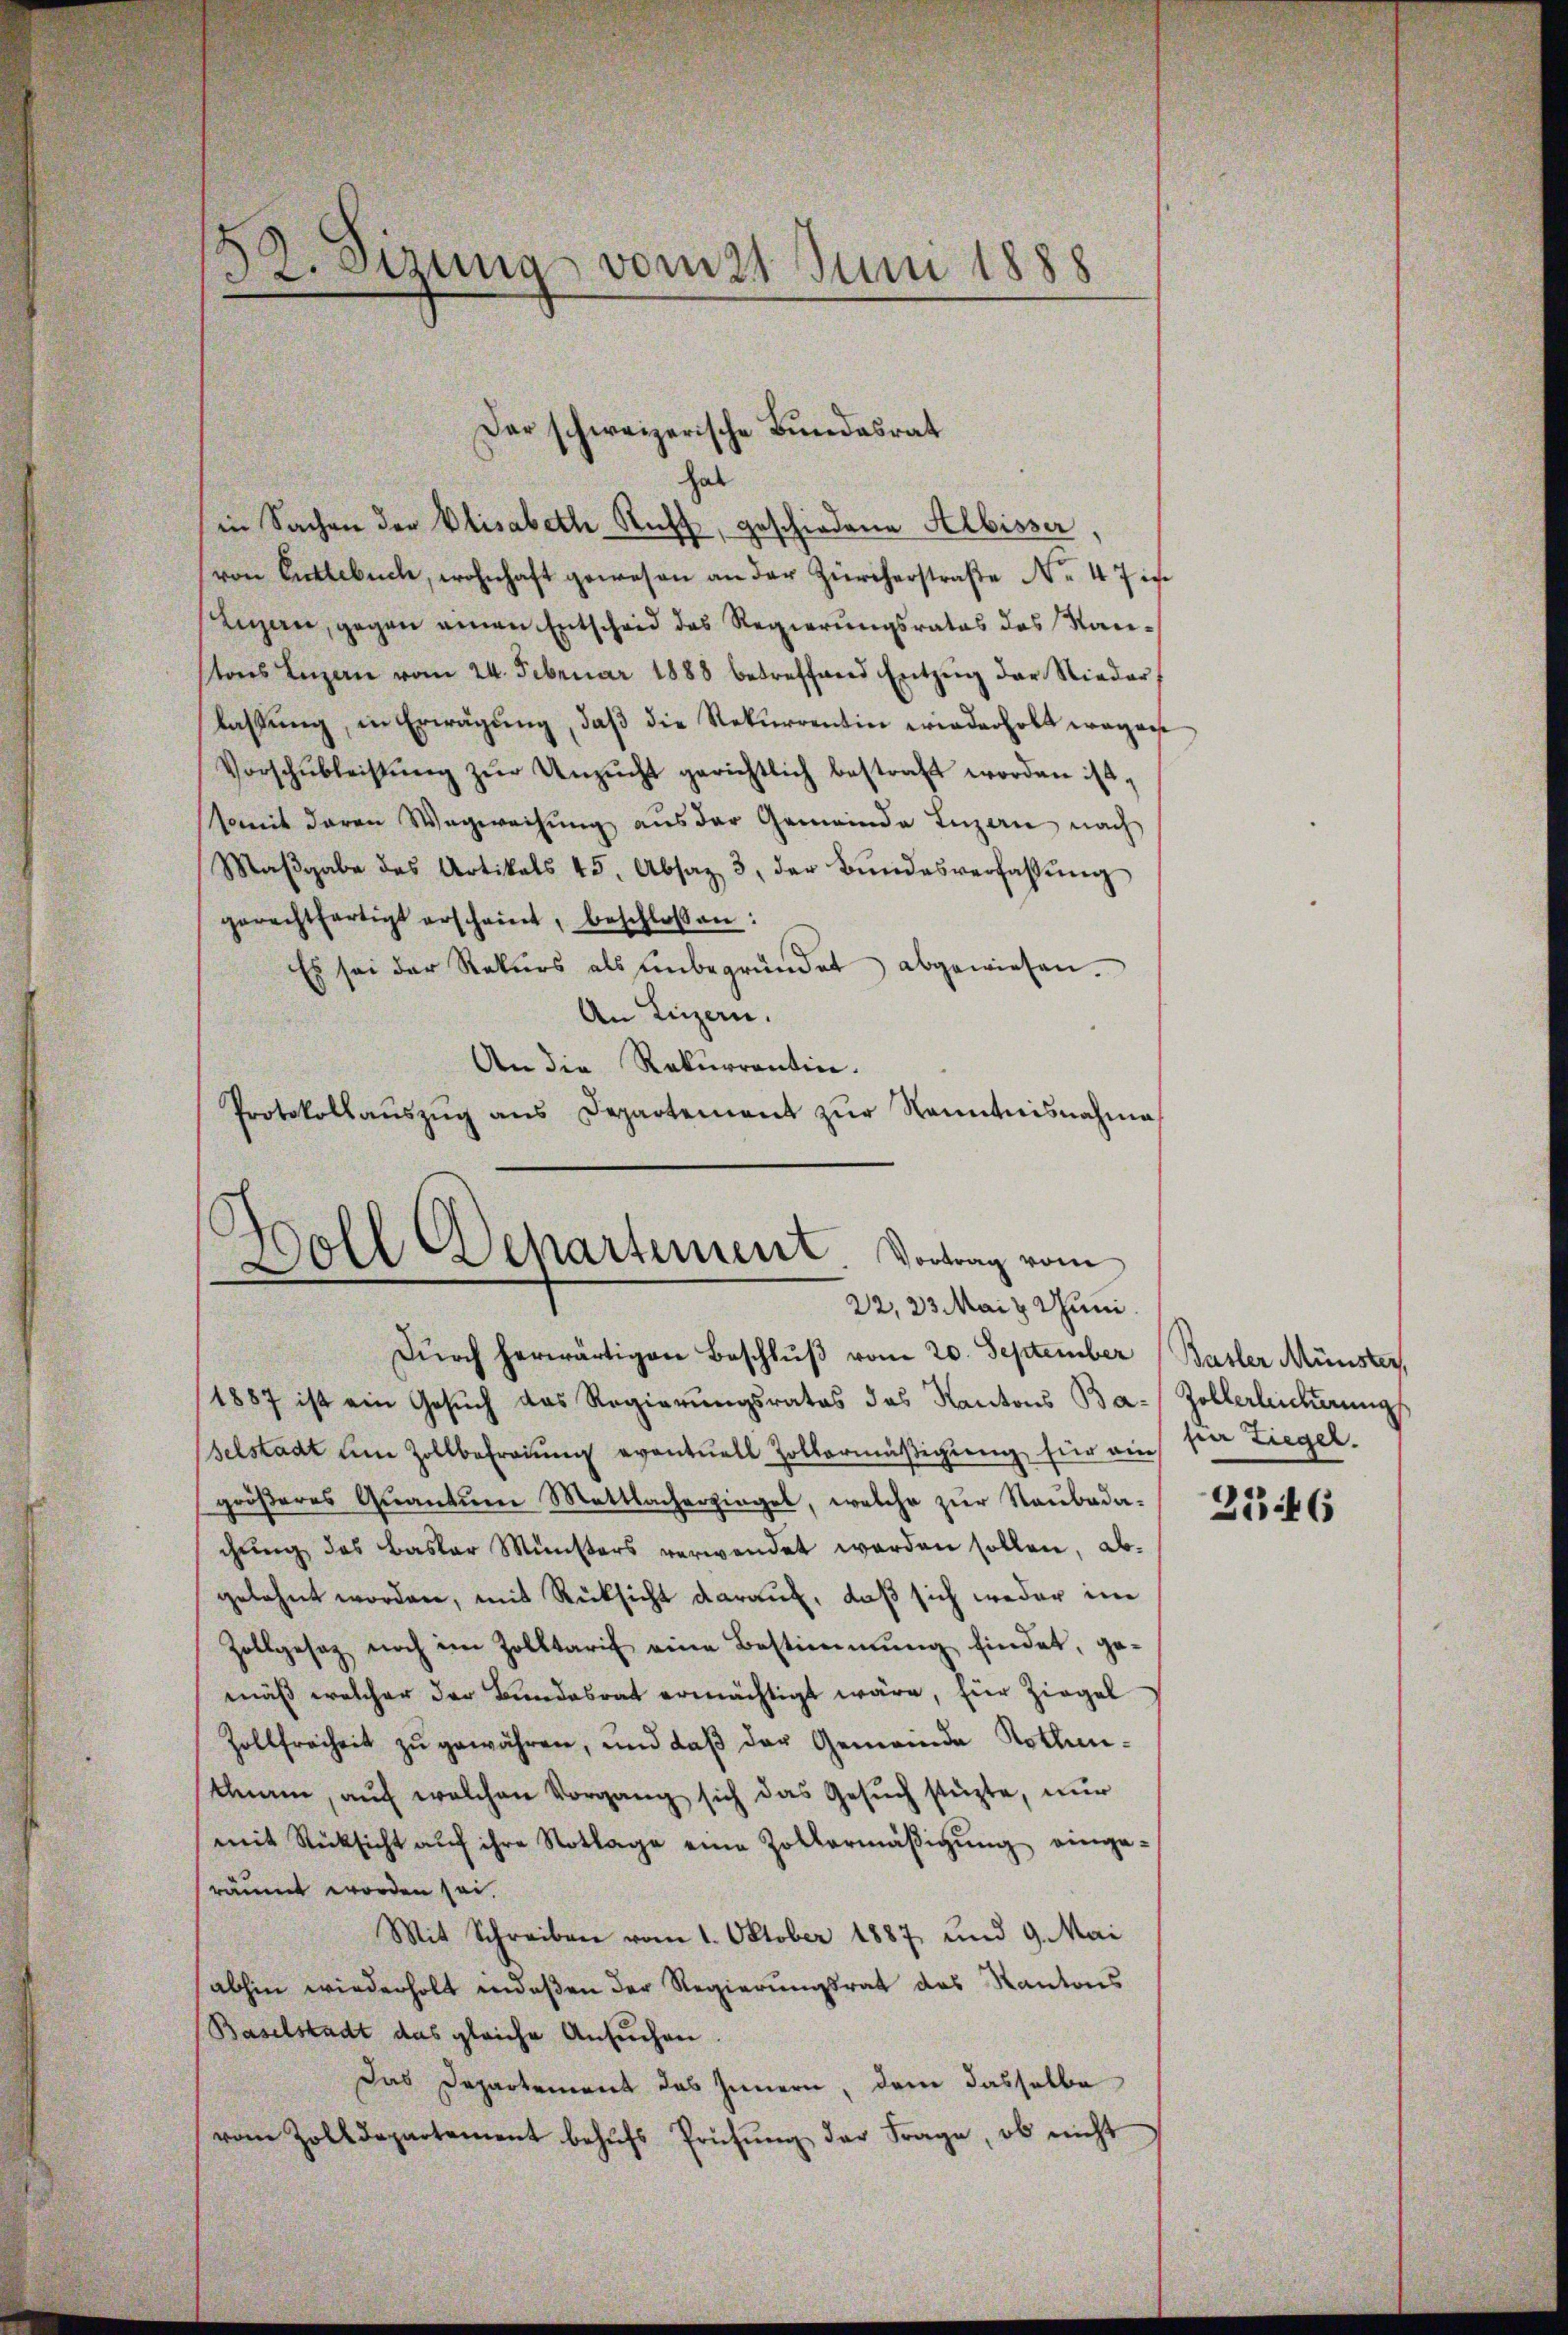
52. Sizung vom 21 Juni 1888

hab
in Sachen der Elisabeth Ruff, geschiedene Albisser,
von Entlebuch, wohnhaft gewesen an der Zürcherstraße No 47 in
Luzern, gegen einen Entscheid des Regierungsrates des Kantons Luzern vom 24. Februar 1888 betreffend Entzŭg der Nieder
lassung, in Erwägung, daß die Rekurrentin wiederholt wegense
Vorschŭbleistŭng zŭr Unzŭcht gerichtlich bestraft worden ist,
somit daran Wegweisung aus der Gemeinde Luzern nach
Maβgabe des Artikals 45, Absaz 3, der Bŭndesverfassŭng
gerechtfertigt erscheint, beschlossen:
Es sei der Rekurs als ŭnbegründet abgewiesen.
An Luzern.
An die Rekurrentin.
Protokollaŭszŭg ans Departement zŭr Kenntnisnahme

Der schweizerische Bundesrat

Doll Departement. Vortrag vom
22, 23 Mai & Juni.

Dŭrch herwärtigen Beschlŭβ vom 20. September Basler Münster,
1887 ist ein Gesuch das Regierungsrates des Kantons Ba-Zollerleicherungs
selstadt am Zollbefreung eventuell Zollermäβigŭng für auch sie Liegel.
gröβeres Qŭantŭm Mattlacherzingel, welche zŭr Raŭbada-
chŭng des Basler Münsters verwendet werden sollen, abgelehnt worden, mit Rücksicht darauf, daß sich weder im
Zollgesag noch im Zolltarif eine Bestimmung findet, gemäß welcher der Bundesrat ermächtigt wäre, für Ziegel
Zollfreiheit zŭ gewähren, und daß der Gemeinde Rothentnam, aŭf welchen Vorgang sich das Gesŭch stüzte, nur
mit Rücksicht aŭf ihre Notlage eine Zollermäβigŭng einge-
räumt worden sei.
Mit Schreiben vom 1. Oktober 1887 und 9. Mai
abhin wiederholt indeßen der Regierungsrat des Kantons
Baselstadt das gleiche Ansuchen.
Das Departement das Innern, dem dasselbe
vom Zolldepartement behŭfs Prüfung der Frage, ob nicht

21446